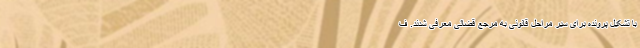
با تشکیل پرونده برای سیر مراحل قانونی به مرجع قضائی معرفی شدند. ف